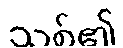
သစ်၏